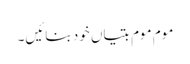
موم موم بتیاں خود بنائیں۔